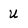
Character: U